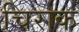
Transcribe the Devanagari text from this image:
चिराक